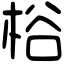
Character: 㭲